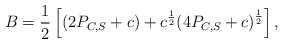
\begin{align*}B_{} = \frac{1}{2} \left[ (2P_{C, S} + c) + c^{\frac{1}{2}}{(4 P_{C, S}+c)}^{\frac{1}{2}} \right],\end{align*}